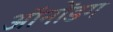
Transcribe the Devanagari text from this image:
ऑनोंडग